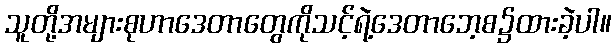
သူတို့အများစုဟာဒေတာတွေကိုသင့်ရဲ့ဒေတာဘေ့စ၌ထားခဲ့ပါ။